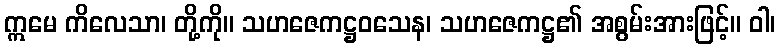
ဣမေ ကိလေသာ၊ တို့ကို။ သဟဇေကဋ္ဌဝသေန၊ သဟဇေကဋ္ဌ၏ အစွမ်းအားဖြင့်။ ဝါ၊